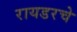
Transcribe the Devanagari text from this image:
रायडरचे